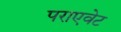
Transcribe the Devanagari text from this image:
पराएवेट